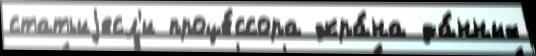
статьиjесл'и проце́ссора экра́на да́нных